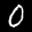
Digit: 0